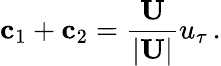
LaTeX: {{\mathbf c}_{1}+{\mathbf c}_{2}}=\frac{\mathbf U}{|{\mathbf U}|}u_{\tau}\, .